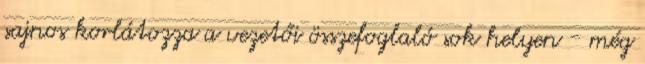
sajnos korlátozza a vezetői összefoglaló sok helyen - még